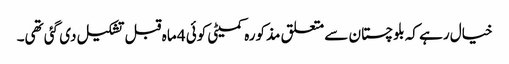
خیال رہے کہ بلوچستان سے متعلق مذکورہ کمیٹی کوئی 4 ماہ قبل تشکیل دی گئی تھی۔